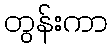
တွန်းကာ